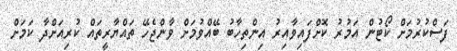
ފަސްކުރުމަށް ކޯޓުން އަމުރު ކޮށްފައިވާއިރު އިންތިހާބު ބޭއްވުމަށް ވާންޖެހޭ ތައްޔާރީތައް ކުރިއަށްދާ ކަމަށް